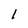
Character: 1